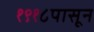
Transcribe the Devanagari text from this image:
१९१८पासून